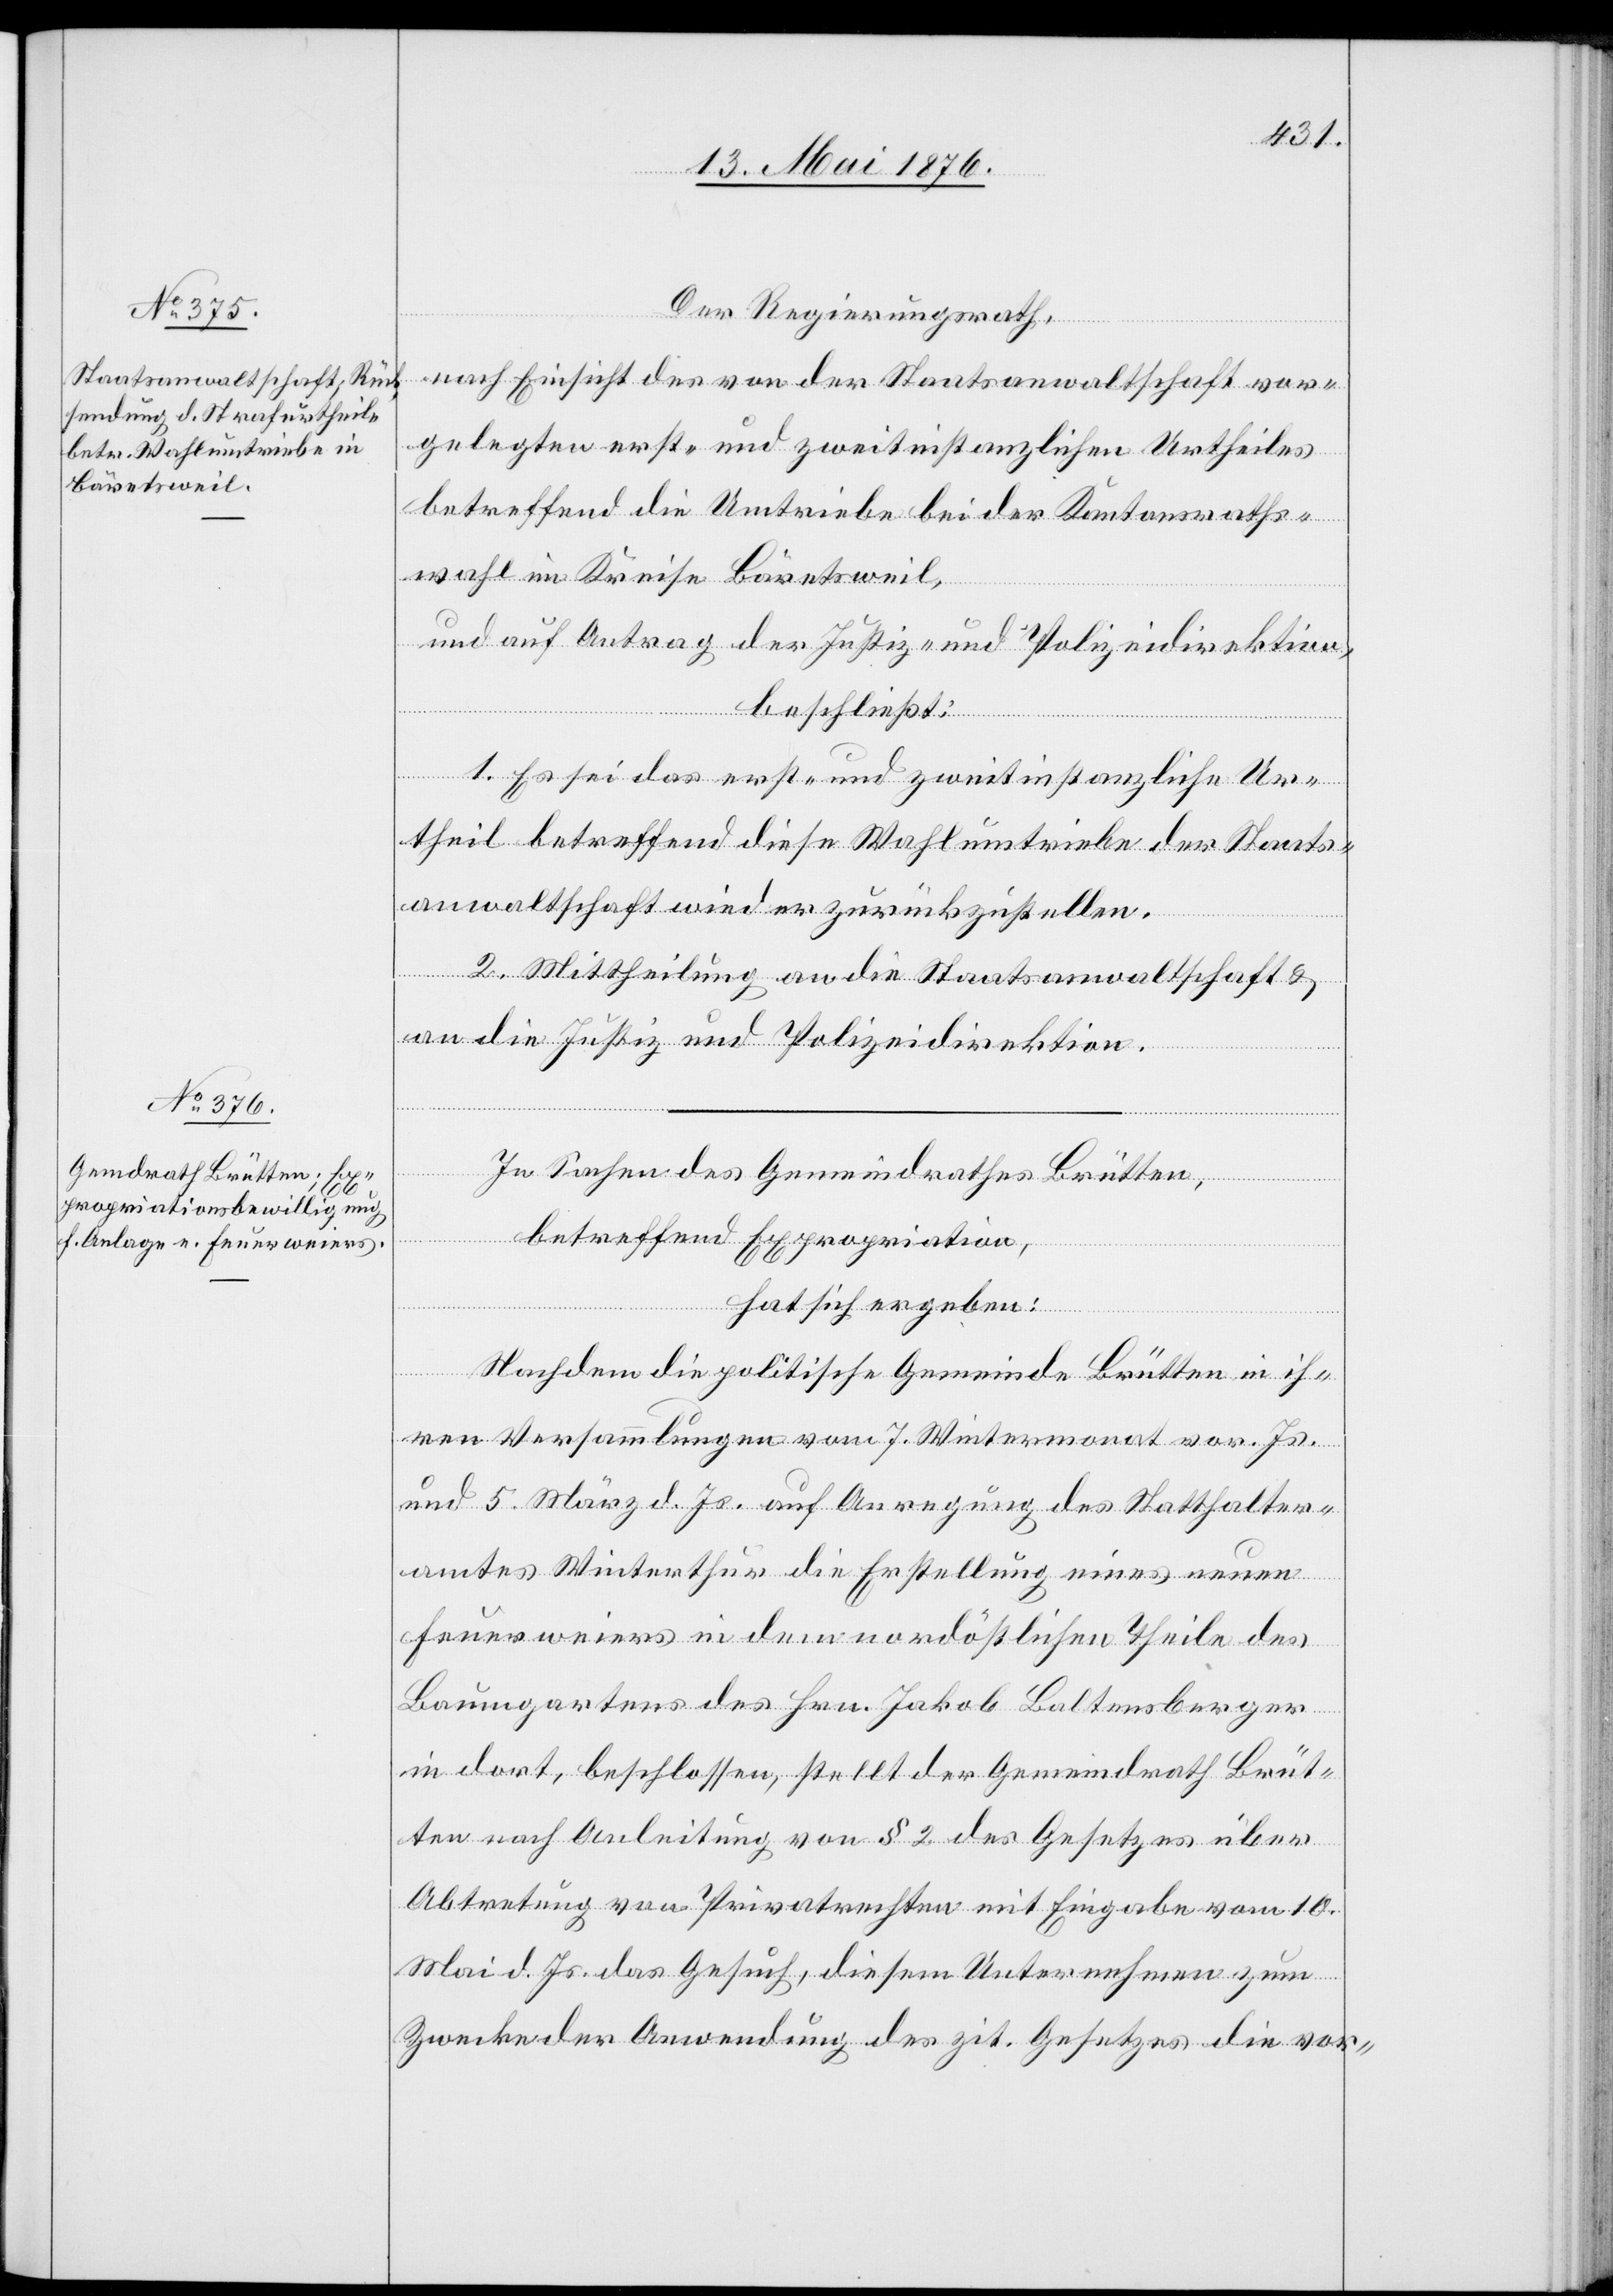
Der Regierungsrath,
nach Einsicht des von der Staatsanwaltschaft vor¬
gelegten erst- und zweitinstanzlichen Urtheiles
betreffend die Umtriebe bei der Kantonsraths¬
wahl im Kreise Bäretsweil,
und auf Antrag der Justiz- und Polizeidirektion,
beschließt:
1. Es sei das erst- und zweitinstanzliche Ur¬
theil betreffend diese Wahlumtriebe der Staats¬
anwaltschaft wieder zurückzustellen.
2. Mittheilung an die Staatsanwaltschaft &
an die Justiz- und Polizeidirektion.
In Sachen des Gemeindrathes Brütten,
betreffend Expropriation,
hat sich ergeben:
Nachdem die politische Gemeinde Brütten in ih¬
ren Versammlungen vom 7. Wintermonat vor. Js.
und 5. März d. Js. auf Anregung des Statthalter¬
amtes Winterthur die Erstellung eines neuen
Feuerweiers in dem nordöstlichen Theile des
Baumgartens des Hrn. Jakob Baltensberger
in dort, beschlossen, stellt der Gemeindrath Brüt¬
ten nach Anleitung von § 2 des Gesetzes über
Abtretung von Privatrechten mit Eingabe vom 10.
Mai d. Js. das Gesuch, diesem Unternehmen zum
Zwecke der Anwendung des zit. Gesetzes die vor-